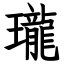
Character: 瓏